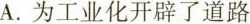
A.为工业化开辟了道路